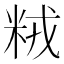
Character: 𫂽